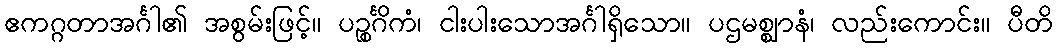
ဧကဂ္ဂတာအင်္ဂါ၏ အစွမ်းဖြင့်။ ပဉ္စင်္ဂိကံ၊ ငါးပါးသောအင်္ဂါရှိသော။ ပဌမစ္ဈာနံ၊ လည်းကောင်း။ ပီတိ